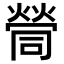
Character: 𡀸